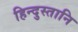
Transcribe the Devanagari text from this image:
हिन्दुस्तानि